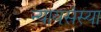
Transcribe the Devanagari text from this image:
न्यायसंस्या